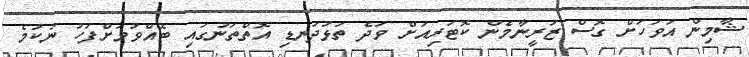
ޝާމިން އަވަހަށް ގޮސް ޒަރީނާމެން ކޮޓަރިއަށް ވަދެ ތަޅުދަނޑި އޮތްތަނުގައި ބޭއްވުމަށްފަހު ނުކުމެ